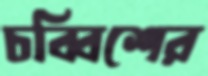
চব্বিশের